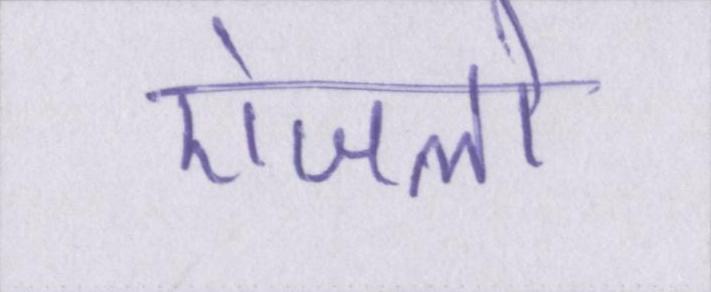
एंजलो